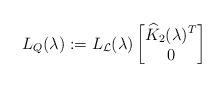
LaTeX: \begin{align*}L_Q(\lambda):=L_\mathcal{L}(\lambda)\begin{bmatrix}\widehat{K}_2(\lambda)^T \\ 0\end{bmatrix}\end{align*}